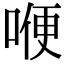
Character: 𠷊